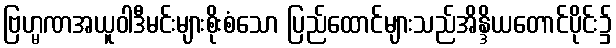
ဗြဟ္မဏအယူဝါဒီမင်းများစိုးစံသော ပြည်ထောင်များသည်အိန္ဒိယတောင်ပိုင်း၌